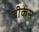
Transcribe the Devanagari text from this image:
बीकेस